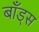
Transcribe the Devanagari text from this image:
बॉंड्स